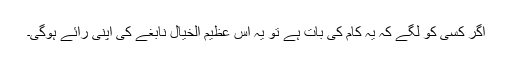
اگر کسی کو لگے کہ یہ کام کی بات ہے تو یہ اس عظیم الخیال نابغے کی اپنی رائے ہوگی۔